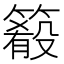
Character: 𥳴